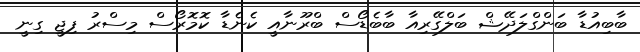
ބާބިއުޑާ ބަންގްލަދޭޝް ބަލްގޭރިއާ ބާބެޑޯސް ބްރޫނާއީ ކެނެޑާ ކޮމޮރޯސް މިސްރު ފިޖީ ގިނީ